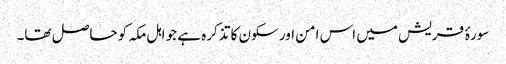
سورۂ قریش میں اس امن اور سکون کا تذکرہ ہے جو اہل مکہ کو حاصل تھا۔